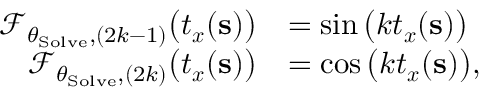
\begin{array} { r l } { \mathcal { F } _ { \theta _ { \mathrm { S o l v e } } , ( 2 k - 1 ) } \big ( \boldsymbol { t } _ { \boldsymbol { x } } ( \mathbf { s } ) \big ) } & { = \sin \big ( k \boldsymbol { t } _ { \boldsymbol { x } } ( \mathbf { s } ) \big ) } \\ { \mathcal { F } _ { \theta _ { \mathrm { S o l v e } } , ( 2 k ) } \big ( \boldsymbol { t } _ { \boldsymbol { x } } ( \mathbf { s } ) \big ) } & { = \cos \big ( k \boldsymbol { t } _ { \boldsymbol { x } } ( \mathbf { s } ) \big ) , } \end{array}